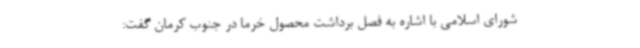
شورای اسلامی با اشاره به فصل برداشت محصول خرما در جنوب کرمان گفت: